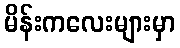
မိန်းကလေးများမှာ